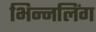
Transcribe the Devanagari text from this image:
भिन्नलिंग